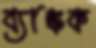
ব্যাঙ্কক